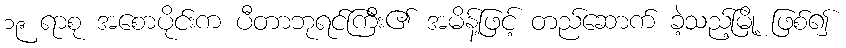
၁၉ ရာစု အစောပိုင်းက ပီတာဘုရင်ကြီး၏ အမိန့်ဖြင့် တည်ဆောက် ခဲ့သည့်မြို့ ဖြစ်၍